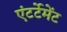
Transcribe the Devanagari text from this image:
एंटर्टेमेंट